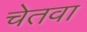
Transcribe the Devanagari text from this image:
चेतवा